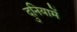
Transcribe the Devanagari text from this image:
दुनियामें